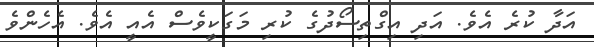
އަދާ ކުރެ އެވެ. އަދި އިގްތިސޯދުގެ ކުރި މަގަކީވެސް އެއީ އެވެ. އެހެންވެ